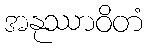
အနုဿာဝိတံ